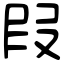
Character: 叚